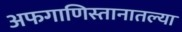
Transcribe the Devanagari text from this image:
अफगाणिस्तानातल्या